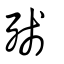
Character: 殘